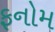
ફનોમ